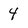
Character: 4